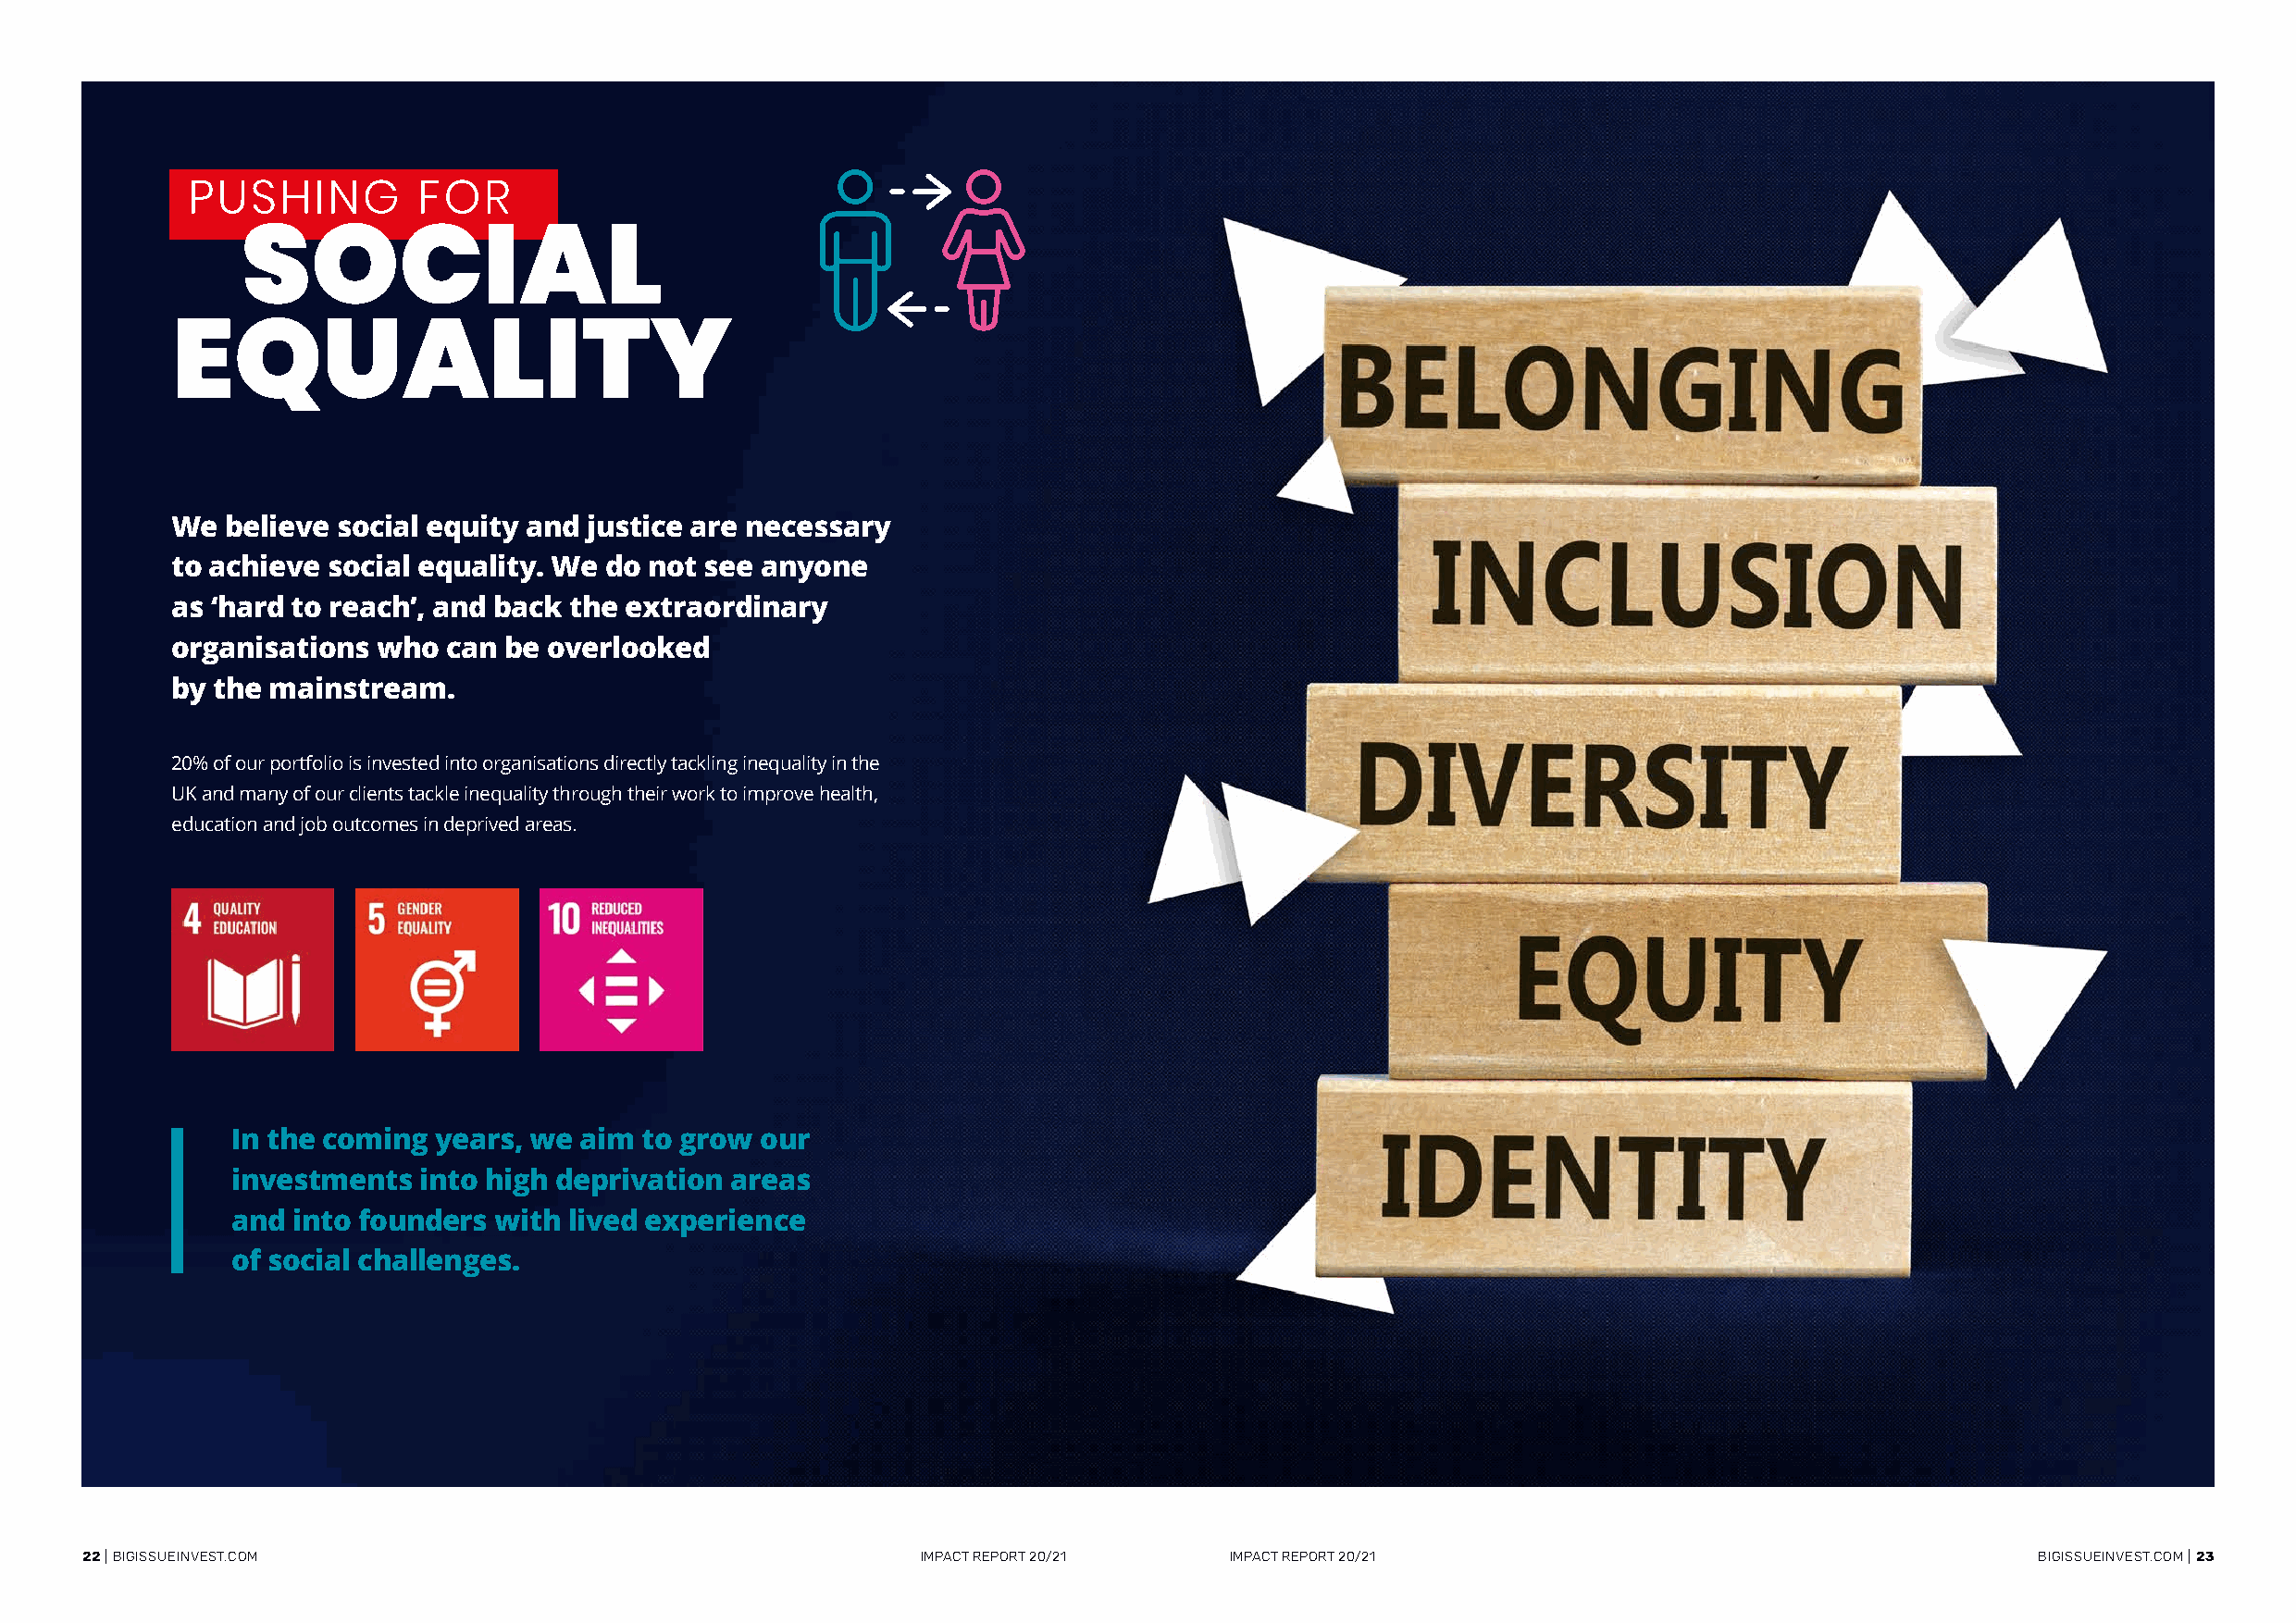
PUSHING          FOR
 SOCIAL
 EQUALITY
 We  believe social equity and justice are necessary
 to achieve social equality. We do not see anyone
 as ‘hard to reach’, and back the extraordinary
 organisations  who  can be overlooked
 by the mainstream.
 20% of our portfolio is invested into organisations directly tackling inequality in the
 UK and many of our clients tackle inequality through their work to improve health,
 education and job outcomes in deprived areas.
 In the coming years, we  aim to grow our
 investments  into high deprivation areas
 and into founders with  lived experience
 of social challenges.
 22 | BIGISSUEINVEST.COM                                     IMPACT REPORT 20/21   IMPACT REPORT 20/21                                       BIGISSUEINVEST.COM | 23